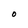
Character: O